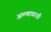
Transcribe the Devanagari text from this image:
अण्णावरती